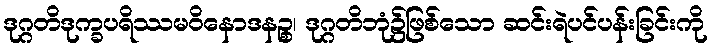
ဒုဂ္ဂတိဒုက္ခပရိဿမဝိနောဒနဉ္စ၊ ဒုဂ္ဂတိဘုံ၌ဖြစ်သော ဆင်းရဲပင်ပန်းခြင်းကို